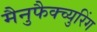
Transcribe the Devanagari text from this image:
मैनुफैक्च्युरिंग